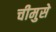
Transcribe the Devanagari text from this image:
चीमुसे